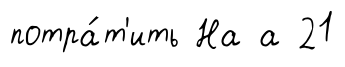
потра́т'ить На а 21